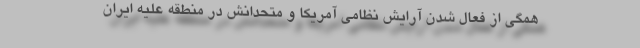
همگی از فعال شدن آرایش نظامی آمریکا و متحدانش در منطقه علیه ایران